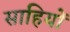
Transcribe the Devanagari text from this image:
साहियों